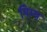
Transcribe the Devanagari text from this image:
पिम्प